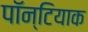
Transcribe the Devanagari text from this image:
पॉन्टियाक